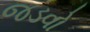
જડવો